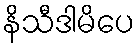
နိသီဒါမိပေ